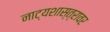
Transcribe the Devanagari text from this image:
नाट्यशास्त्रावर